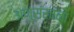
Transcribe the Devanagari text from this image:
अणुसंरचना